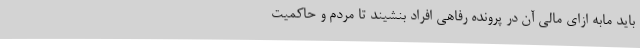
باید مابه ازای مالی آن در پرونده رفاهی افراد بنشیند تا مردم و حاکمیت